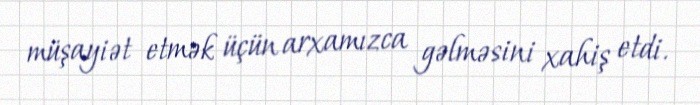
müşayiət etmək üçün arxamızca gəlməsini xahiş etdi.